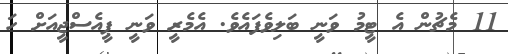
11 މެޗުން އެ ޓީމު ވަނީ ބަލިވެފައެވެ. އެމެރީ ވަނީ ޕީއެސްޖީއަށް ހަ